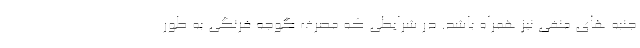
جنبه های منفی نیز همراه باشد. در شرایطی که مصرف گوجه فرنگی به طور